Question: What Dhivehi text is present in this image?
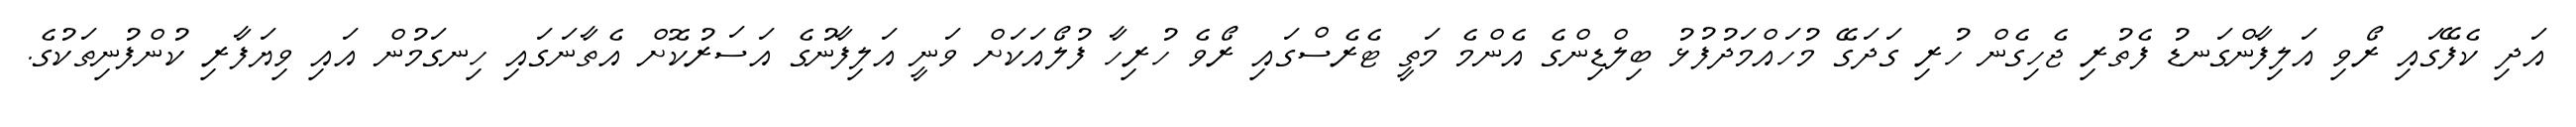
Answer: އަދި ކެފޭގައި ރޯވި އަލިފާންގަނޑު ފެތުރި ޖެހިގެން ހުރި ގަދަގޭ މުހައްމަދުފުޅު ބިލްޑިންގެ އެންމެ މަތީ ޓެރެސްގައި ރޯވެ ހުރިހާ ފުލޯއަކަށް ވަނީ އަލިފާނުގެ އަސަރުކޮށް އެތާނަގައި ހިނގަމުން އައި ވިޔަފާރި ކުންފުނިތަކުގެ.